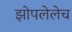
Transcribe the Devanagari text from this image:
झोपलेलेच